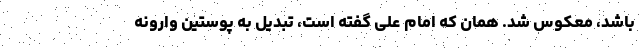
باشد، معکوس شد. همان که امام علی گفته است، تبدیل به پوستین وارونه